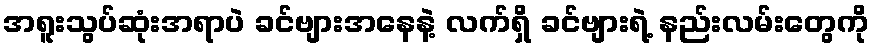
အရူးသွပ်ဆုံးအရာပဲ ခင်ဗျားအနေနဲ့ လက်ရှိ ခင်ဗျားရဲ့ နည်းလမ်းတွေကို